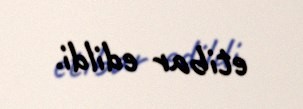
etibar edildi.